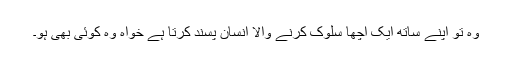
وہ تو اپنے ساتھ ایک اچھا سلوک کرنے والا انسان پسند کرتا ہے خواہ وہ کوئی بھی ہو۔